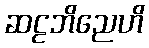
ဆဠဘိညေဟိ